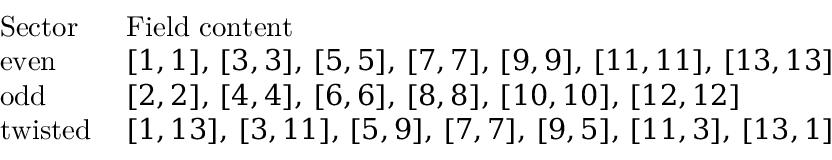
\begin{array} { l l } { { \mathrm { S e c t o r } \ \ } } & { { \mathrm { F i e l d ~ c o n t e n t } } } \\ { { \mathrm { e v e n } } } & { { [ 1 , 1 ] , \, [ 3 , 3 ] , \, [ 5 , 5 ] , \, [ 7 , 7 ] , \, [ 9 , 9 ] , \, [ 1 1 , 1 1 ] , \, [ 1 3 , 1 3 ] } } \\ { { \mathrm { o d d } } } & { { [ 2 , 2 ] , \, [ 4 , 4 ] , \, [ 6 , 6 ] , \, [ 8 , 8 ] , \, [ 1 0 , 1 0 ] , \, [ 1 2 , 1 2 ] } } \\ { { \mathrm { t w i s t e d } } } & { { [ 1 , 1 3 ] , \, [ 3 , 1 1 ] , \, [ 5 , 9 ] , \, [ 7 , 7 ] , \, [ 9 , 5 ] , \, [ 1 1 , 3 ] , \, [ 1 3 , 1 ] } } \end{array}